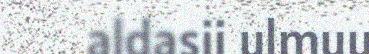
aldasii ulmuu